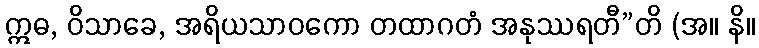
ဣဓ, ဝိသာခေ, အရိယသာဝကော တထာဂတံ အနုဿရတီ”တိ (အ။ နိ။